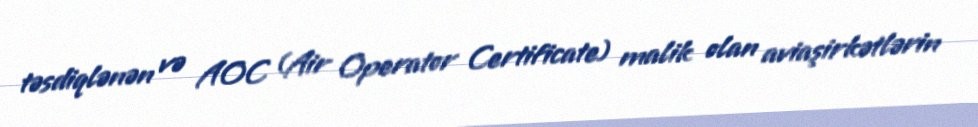
təsdiqlənən və AOC (Air Operator Certificate) malik olan aviaşirkətlərin